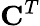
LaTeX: \mathbf{C}^{T}